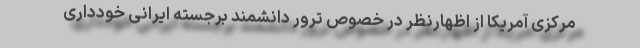
مرکزی آمریکا از اظهارنظر در خصوص ترور دانشمند برجسته ایرانی خودداری